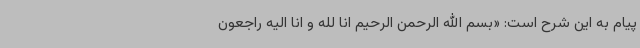
پیام به این شرح است: «بسم الله الرحمن الرحیم انا لله و انا الیه راجعون